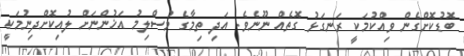
ބޮޑުކޮށްގެން ވިއްކުމަކީ ރަނގަޅު ގޮތެއް ނޫނެވެ. އަދި ތިމާގެ މުސްލިމު އަޚުންނަށް ލުއިކޮށްދިނުމަކީ